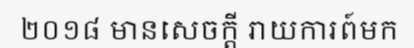
២០១៨ មានសេចក្តី រាយការព៍មក